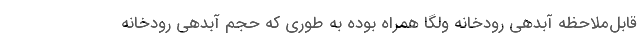
قابل‌ملاحظه آبدهی رودخانه ولگا همراه بوده به طوری که حجم آبدهی رودخانه